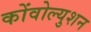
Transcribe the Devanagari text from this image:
कोंवोल्युशन